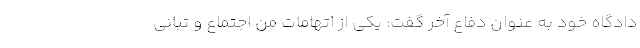
دادگاه خود به عنوان دفاع آخر گفت: یکی از اتهامات من اجتماع و تبانی